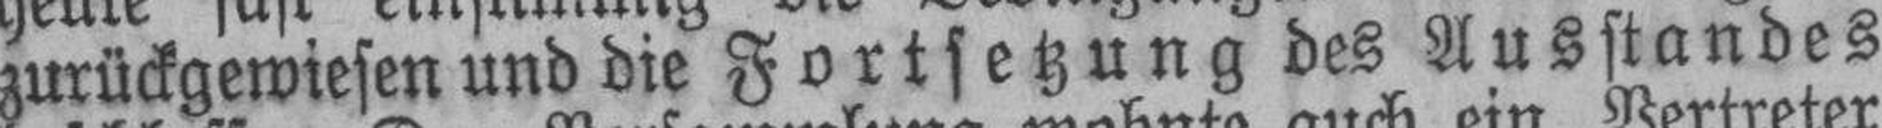
zurückgewiesen und die Fortsetzung des Ausstandes